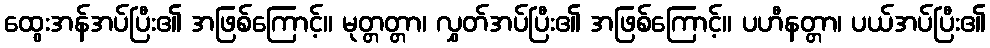
ထွေးအန်အပ်ပြီး၏ အဖြစ်ကြောင့်။ မုတ္တတ္တာ၊ လွှတ်အပ်ပြီး၏ အဖြစ်ကြောင့်။ ပဟီနတ္တာ၊ ပယ်အပ်ပြီး၏